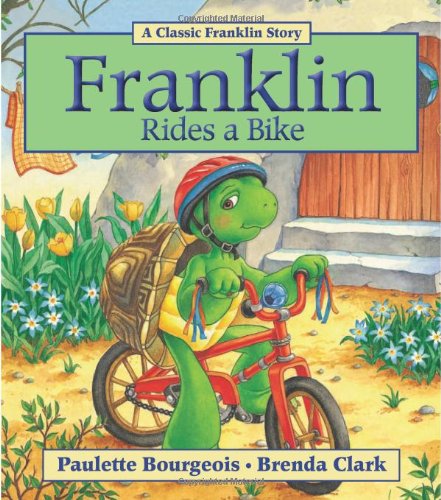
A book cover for Franklin Rides a Bike; Paulette Bourgeois; Children's Books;